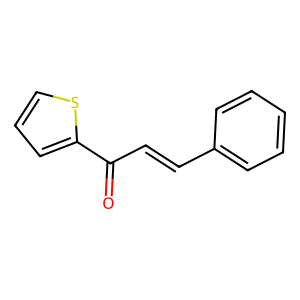
SMILES: O=C(C=Cc1ccccc1)c1cccs1
Inhibits HIV replication: No